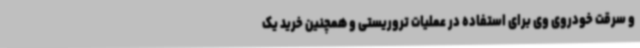
و سرقت خودروی وی برای استفاده در عملیات تروریستی و همچنین خرید یک